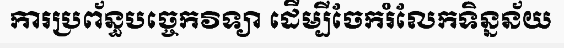
ការប្រព័ន្ធបច្ចេកវិទ្យា ដើម្បីចែករំលែកទិន្នន័យ